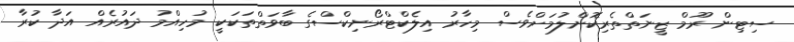
ސިޓިން ރޫމް ޒީނަތްތެރިކޮށްލުމަށްވެސް މިހާރު އިލެކްޓްރޯނިކްސްގެ ބާވަތްތަކަކީ މުހިއްމު ދައުރެއް އަދާ ކުރާ